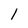
Character: l